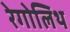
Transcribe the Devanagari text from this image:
रेगोलिथ